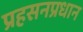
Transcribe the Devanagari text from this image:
प्रहसनप्रधान